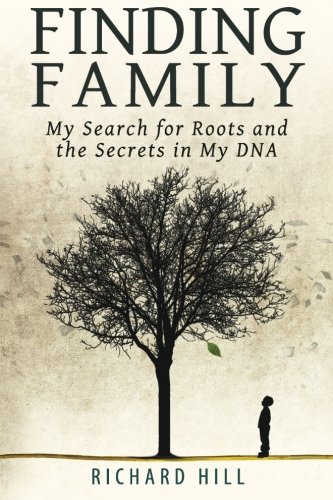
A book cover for Finding Family: My Search for Roots and the Secrets in My DNA; Richard Hill; Parenting & Relationships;